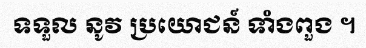
ទទួល នូវ ប្រយោជន៍ ទាំងពួង ។